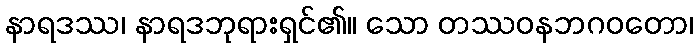
နာရဒဿ၊ နာရဒဘုရားရှင်၏။ သော တဿဝနဘဂဝတော၊